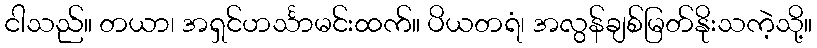
ငါသည်။ တယာ၊ အရှင်ဟင်္သာမင်းထက်။ ပိယတရံ၊ အလွန်ချစ်မြတ်နိုးသကဲ့သို့။